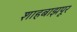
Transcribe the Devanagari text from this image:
शाहबाझपूर